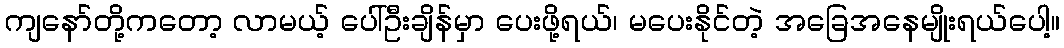
ကျနော်တို့ကတော့ လာမယ့် ပေါ်ဦးချိန်မှာ ပေးဖို့ရယ်၊ မပေးနိုင်တဲ့ အခြေအနေမျိုးရယ်ပေါ့။